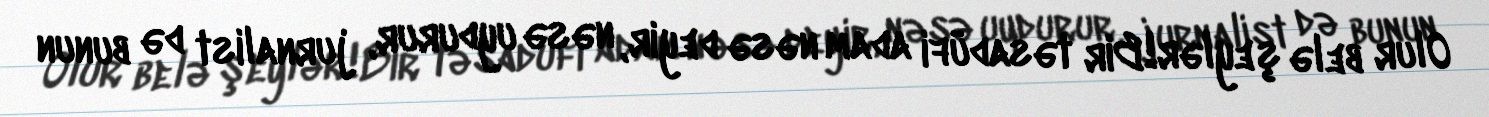
Olur belə şeylər!Bir təsadüfi adam nəsə deyir, nəsə uydurur, jurnalist də bunun